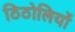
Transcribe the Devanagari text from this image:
ठिठोलियों